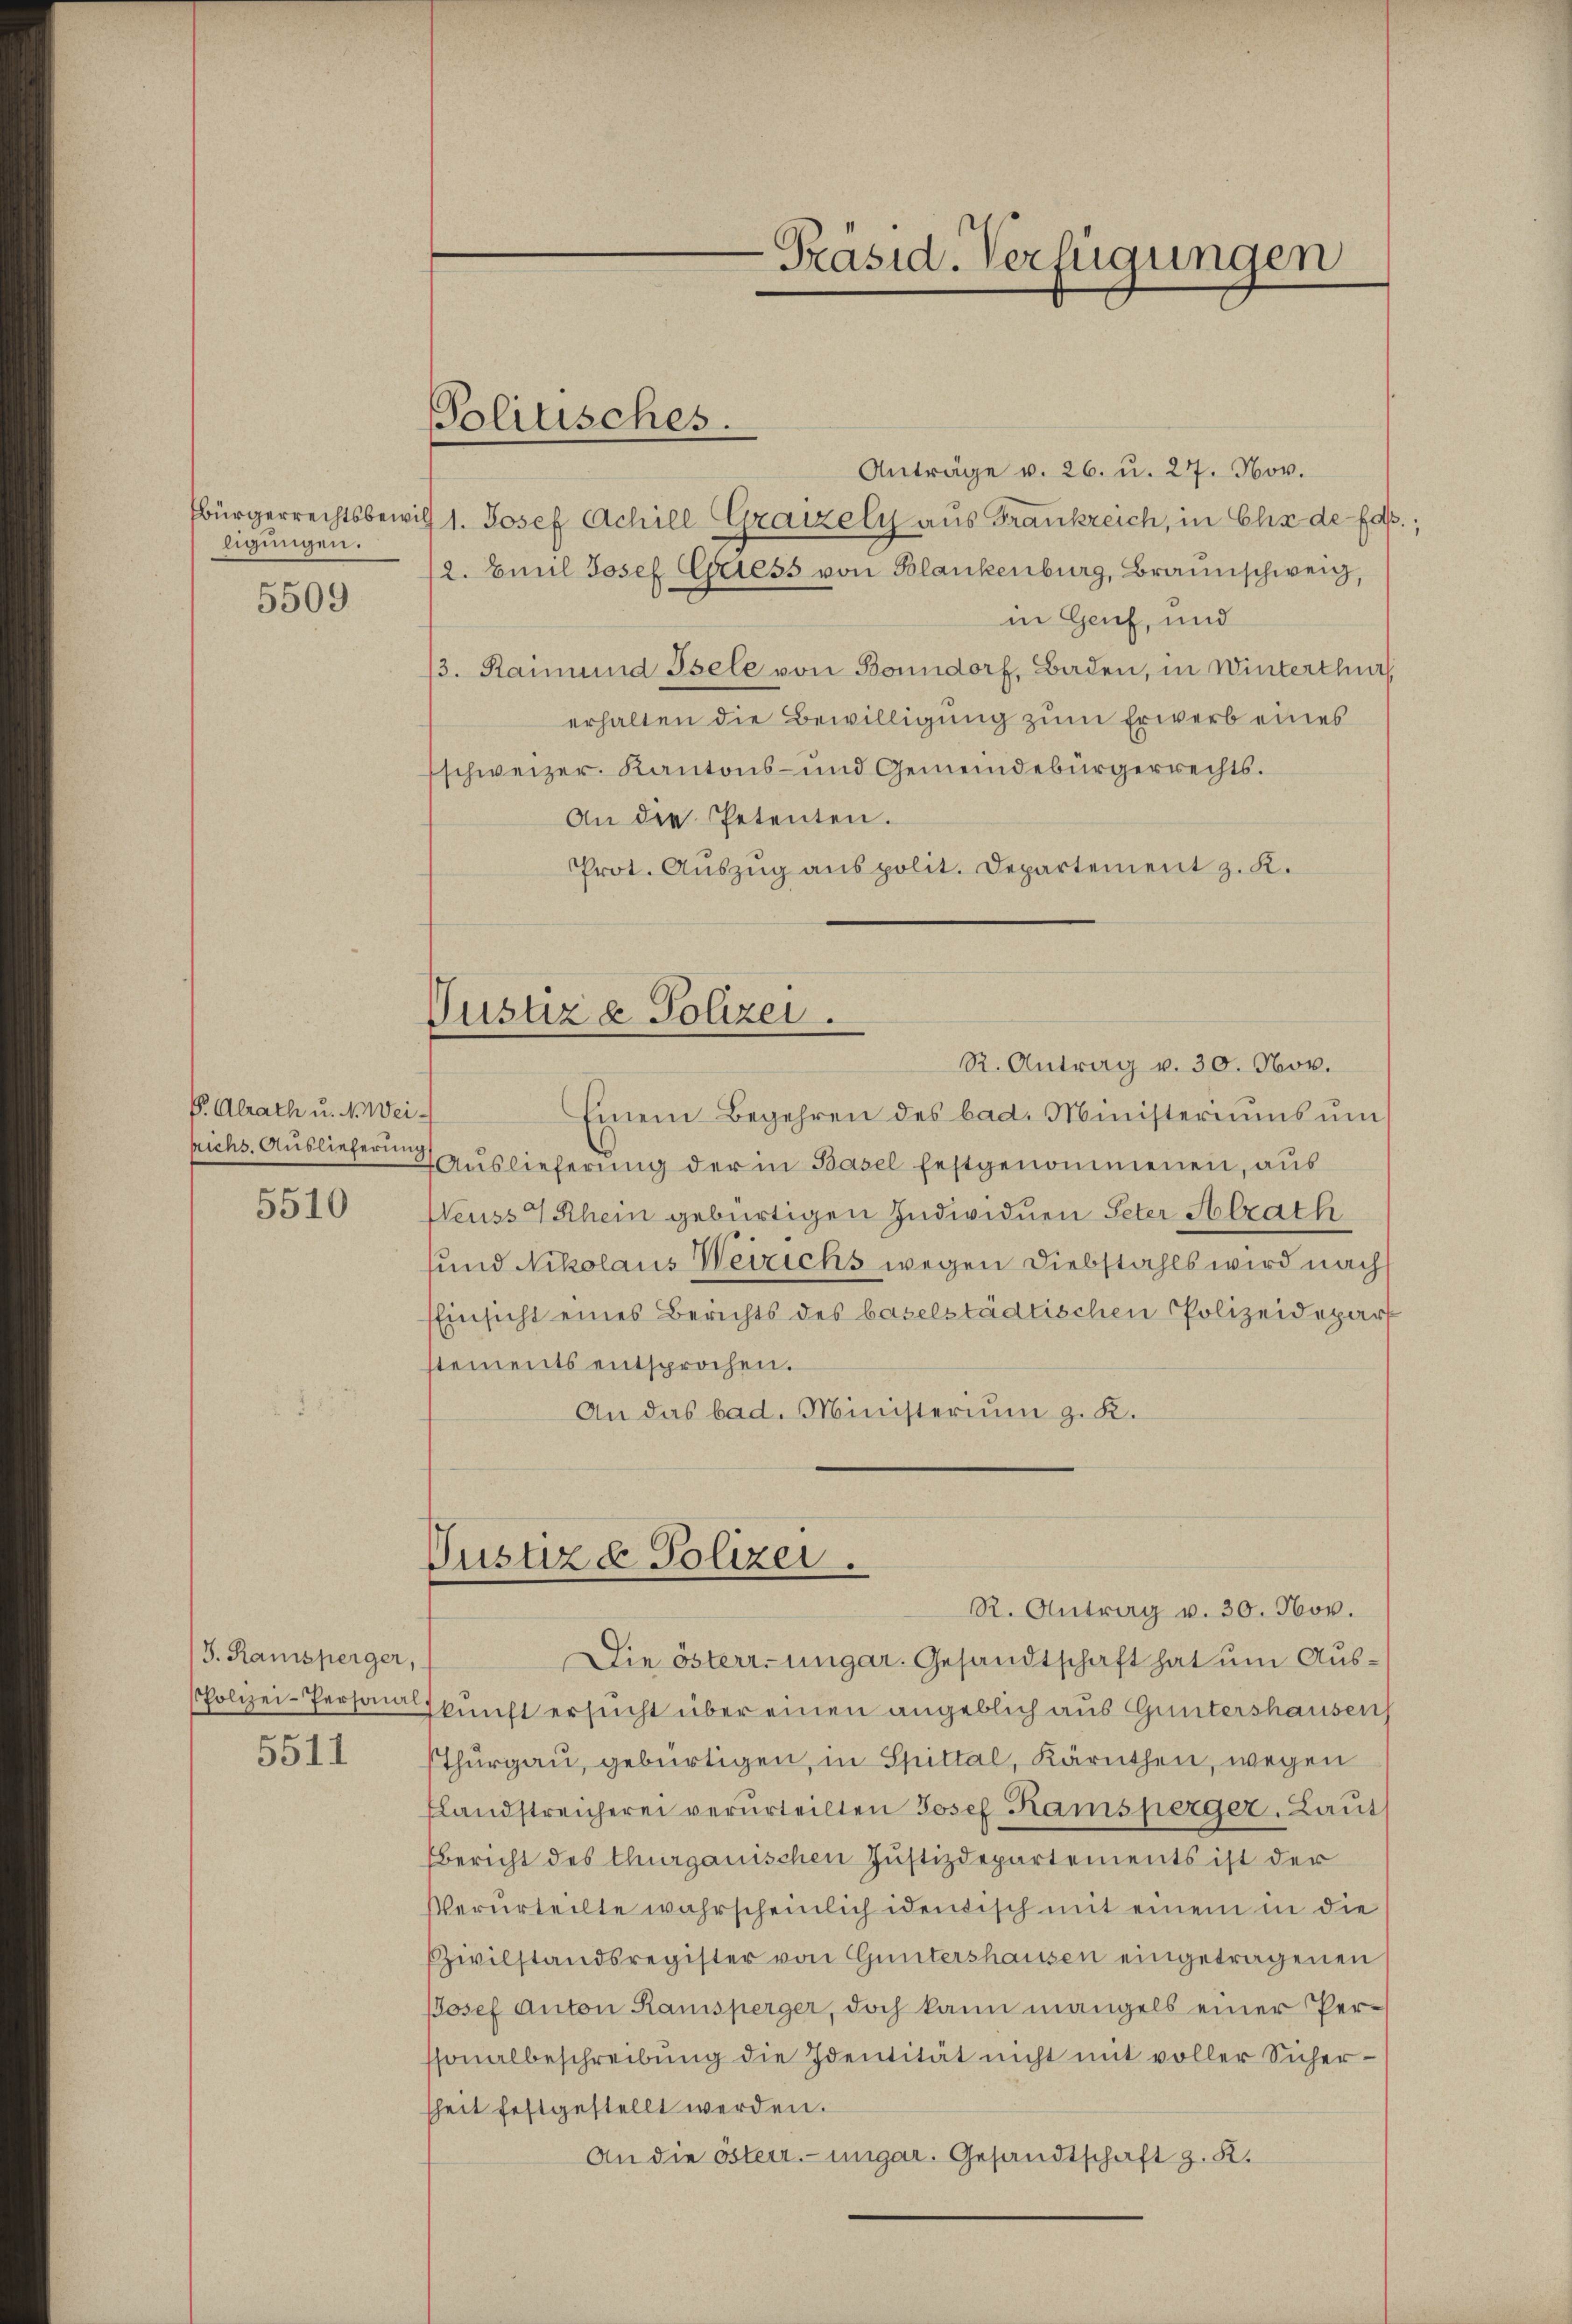
Ebürgerrechtsbewil
ligungen.
5509

P Alrath u. N. Weirichs. Auslieferung

5510

J. Ramsperger,

5511

Anträge v. 26. u. 27. Nov.
1. Josef Achill Grazely aus Frankreich, in Eliz de fa
12. Emil Josef Griess von Blankenburg, Braunschweig,
in Genf, und
/3. Raimund Isele von Bonndorf, Baden, in Winterthur
erhalten die Bewilligung zum Erwerb eines
schweizer. Kantons- und Gemeindebürgerrechts.
An die Petenten.
Prot. Aŭszŭg anspolit. Departement z. K.
Justiz & Polizei.
R. Antrag v. 30. Nov.
Einem Begehren des bad. Ministeriums um
Auslieferung der in Basel festgenommenen, aus
Weuss 4 Rhein gebürtigen Individuen Peter Aalrath
sund Nikolaus Weirichs wegen Diebstahls wird nach
Einsicht eines Berichts des baselstädtischen Polizeidepart
stements entsprochen.
An das bad. Ministerium g. K.

Politisches.

-Präsid. Verfügungen

Die österr. ungar. Gesandtschaft hat um Aus¬
Polizei-Personalspunft ersucht über einen angeblich aus Guntershausen
sthurgau, gebürtigen, in Spittal, Kärnthen, wegen
slandstreicherei verurteilten Josef Kamsperger, Laut
Bericht des thurgauischen Justizdepartements ist der
Verurteilte wahrscheinlich identisch mit einem in die
Zivilstandsregister von Guntershausen eingetragenen
Josef Anton Ramsperger, doch kann mangels einer Perssonalbeschreibŭng die Identität nicht mit voller Sicher-
sheit festgestellt werden.
An die österr.-ungar. Gesandtschaft z. K.

Justizd Polizei.
R. Antrag v. 30. Nov.

2